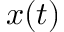
x ( t )